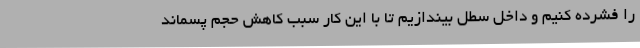
را فشرده کنیم و داخل سطل بیندازیم تا با این کار سبب کاهش حجم پسماند